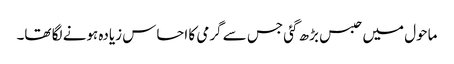
ماحول میں حبس بڑھ گئی جس سے گرمی کا احساس زیادہ ہونے لگا تھا۔